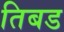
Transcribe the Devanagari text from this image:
तिबड